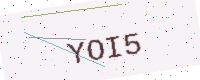
Text: YOI5